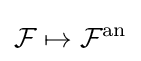
{\mathcal {F}}\mapsto {\mathcal {F}}^{\mathrm {an} }